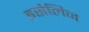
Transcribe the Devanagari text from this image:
इसेलिन